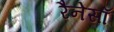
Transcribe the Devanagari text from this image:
रैनेसाँ